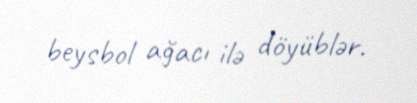
beysbol ağacı ilə döyüblər.